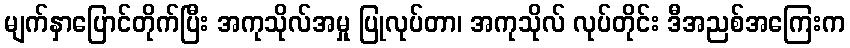
မျက်နှာပြောင်တိုက်ပြီး အကုသိုလ်အမှု ပြုလုပ်တာ၊ အကုသိုလ် လုပ်တိုင်း ဒီအညစ်အကြေးက